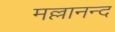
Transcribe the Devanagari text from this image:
मल्लानन्द